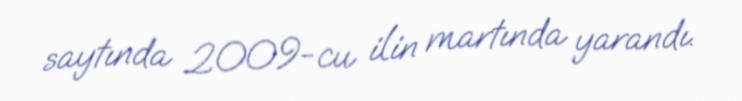
saytında 2009-cu ilin martında yarandı.